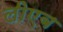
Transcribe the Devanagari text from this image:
लीएब